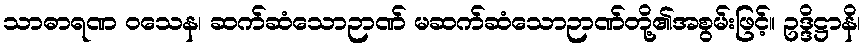
သာဓာရဏ ဝသေန၊ ဆက်ဆံသောဉာဏ် မဆက်ဆံသောဉာဏ်တို့၏အစွမ်းဖြင့်။ ဥဒ္ဒိဋ္ဌာနိ၊